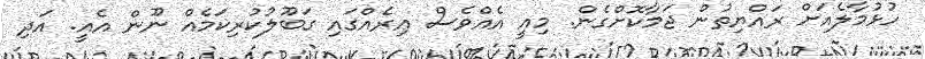
ހުޅުމާލެއަށް ރައްޔިތުން ޖަމާކޮށްގެން. މިއީ އެއްވެސް އިރެއްގައި ގަބޫލުކުރިކަމެއް ނޫން އެއީ. އަދި